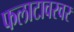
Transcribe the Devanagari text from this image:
फलाटावरवर